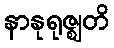
နာနုရုဇ္ဈတိ